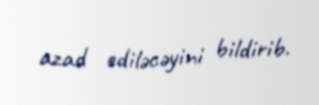
azad ediləcəyini bildirib.